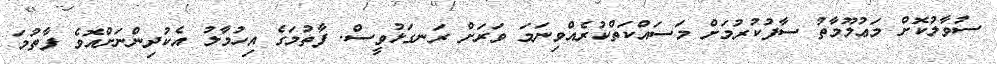
ސުވާލުކޮށް މަޢުލޫމާތު ސާފުކުރުމަށް މަސައްކަތްކުރެއްވިނަމަ ވަރަށް ރަނގަޅުވީސް. ފާތުމަގެ އިހުމާލު އެކުދިންނަށްއޮވެ ފާތުމަ